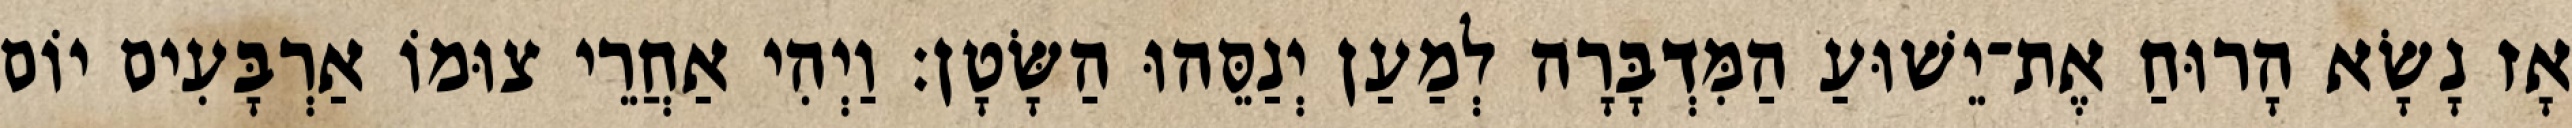
אָז נָשָׂא הָרוּחַ אֶת־יֵשׁוּעַ הַמִּדְבָּרָה לְמַעַן יְנַסֵּהוּ הַשָּׂטָן׃ וַיְהִי אַחֲרֵי צוּמוֹ אַרְבָּעִים יוֹם